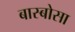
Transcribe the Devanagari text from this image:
बास्बोसा